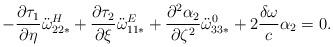
LaTeX: \begin{align*}- \frac{\partial \tau_1}{\partial \eta} \ddot{\omega}_{22*}^H + \frac{\partial \tau_2}{\partial\xi} \ddot{\omega}_{11*}^E + \frac{\partial^2 \alpha_2}{\partial \zeta^2}\ddot{\omega}_{33*}^0 +2\frac{\delta \omega}{c}\alpha_2=0.\end{align*}